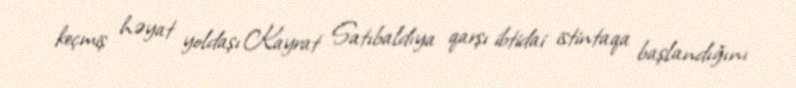
keçmiş həyat yoldaşı Kayrat Satıbaldıya qarşı ibtidai istintaqa başlandığını